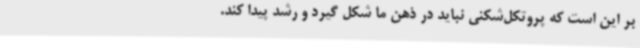
بر این است که پروتکل‌شکنی نباید در ذهن ما شکل گیرد و رشد پیدا کند.